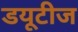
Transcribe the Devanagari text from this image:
डयूटीज